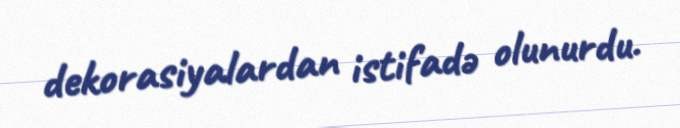
dekorasiyalardan istifadə olunurdu.